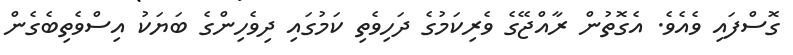
ގޮސްފައި ވެއެވެ. އެގޮތުން ރާއްޖޭގެ ވެރިކަމުގެ ދަހިވެތި ކަމުގައި ދިވެހިންގެ ބަޔަކު އިސްވެތިބެގެން